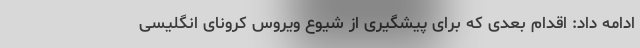
ادامه داد: اقدام بعدی که برای پیشگیری از شیوع ویروس کرونای انگلیسی